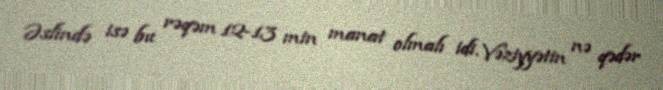
Əslində isə bu rəqəm 12-13 min manat olmalı idi. Vəziyyətin nə qədər